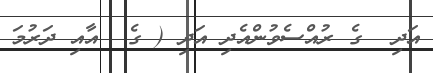
އަދި  ގެ ރުއްސެވުންއެދި އަދި ( ގެ  އާއި ދަރުމަ